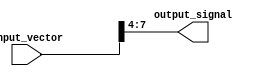
module part_select_continuous_assignment (
    input wire [15:0] input_vector,  // Example input vector of width 16 bits
    output reg [3:0] output_signal    // Output signal, width matching the part select
);

always @* begin
    // Continuously assign a specific part of input_vector to output_signal
    output_signal = input_vector[7:4]; // Selecting bits 7 to 4 from input_vector
end

endmodule